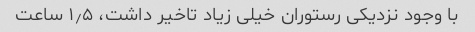
با وجود نزدیکی رستوران خیلی زیاد تاخیر داشت، ۱٫۵ ساعت